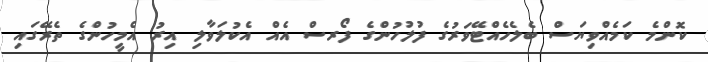
ކޮންމެ ކަމެއްވިޔަސް ބެލެހެއްޓޭވަރުގެ ފުލުހުންގެ ފޯރސް އެއް އެކުލަވާލި އިރު އެމީހުންގެ ތެރޭގައި